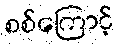
စစ်ကြောင့်